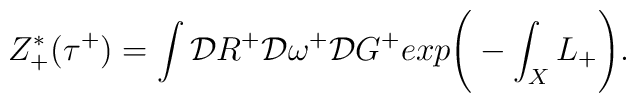
Z^*_+(\tau^+) = \int {\cal D} R^+ {\cal D}\omega^+ {\cal D} G^+exp \Bigg( - \int_X L_+ \Bigg).